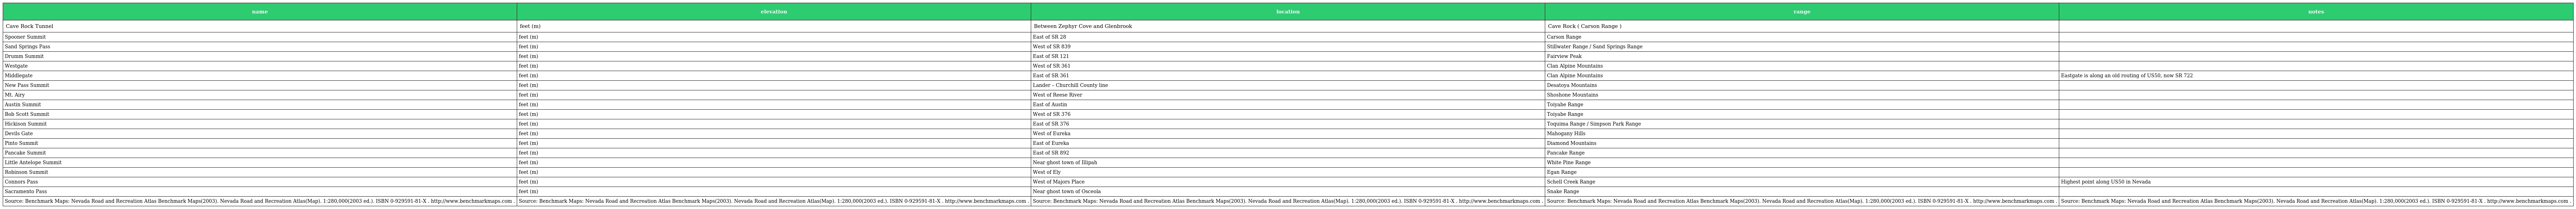
| name | elevation | location | range | notes |
 | --- | --- | --- | --- | --- |
 | Cave Rock Tunnel | feet (m) | Between Zephyr Cove and Glenbrook | Cave Rock ( Carson Range ) |  |
 | Spooner Summit | feet (m) | East of SR 28 | Carson Range |  |
 | Sand Springs Pass | feet (m) | West of SR 839 | Stillwater Range / Sand Springs Range |  |
 | Drumm Summit | feet (m) | East of SR 121 | Fairview Peak |  |
 | Westgate | feet (m) | West of SR 361 | Clan Alpine Mountains |  |
 | Middlegate | feet (m) | East of SR 361 | Clan Alpine Mountains | Eastgate is along an old routing of US50, now SR 722 |
 | New Pass Summit | feet (m) | Lander – Churchill County line | Desatoya Mountains |  |
 | Mt. Airy | feet (m) | West of Reese River | Shoshone Mountains |  |
 | Austin Summit | feet (m) | East of Austin | Toiyabe Range |  |
 | Bob Scott Summit | feet (m) | West of SR 376 | Toiyabe Range |  |
 | Hickison Summit | feet (m) | East of SR 376 | Toquima Range / Simpson Park Range |  |
 | Devils Gate | feet (m) | West of Eureka | Mahogany Hills |  |
 | Pinto Summit | feet (m) | East of Eureka | Diamond Mountains |  |
 | Pancake Summit | feet (m) | East of SR 892 | Pancake Range |  |
 | Little Antelope Summit | feet (m) | Near ghost town of Illipah | White Pine Range |  |
 | Robinson Summit | feet (m) | West of Ely | Egan Range |  |
 | Connors Pass | feet (m) | West of Majors Place | Schell Creek Range | Highest point along US50 in Nevada |
 | Sacramento Pass | feet (m) | Near ghost town of Osceola | Snake Range |  |
 | Source: Benchmark Maps: Nevada Road and Recreation Atlas Benchmark Maps(2003). Nevada Road and Recreation Atlas(Map). 1:280,000(2003 ed.). ISBN 0-929591-81-X . http://www.benchmarkmaps.com . | Source: Benchmark Maps: Nevada Road and Recreation Atlas Benchmark Maps(2003). Nevada Road and Recreation Atlas(Map). 1:280,000(2003 ed.). ISBN 0-929591-81-X . http://www.benchmarkmaps.com . | Source: Benchmark Maps: Nevada Road and Recreation Atlas Benchmark Maps(2003). Nevada Road and Recreation Atlas(Map). 1:280,000(2003 ed.). ISBN 0-929591-81-X . http://www.benchmarkmaps.com . | Source: Benchmark Maps: Nevada Road and Recreation Atlas Benchmark Maps(2003). Nevada Road and Recreation Atlas(Map). 1:280,000(2003 ed.). ISBN 0-929591-81-X . http://www.benchmarkmaps.com . | Source: Benchmark Maps: Nevada Road and Recreation Atlas Benchmark Maps(2003). Nevada Road and Recreation Atlas(Map). 1:280,000(2003 ed.). ISBN 0-929591-81-X . http://www.benchmarkmaps.com . |